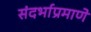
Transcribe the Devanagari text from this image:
संदर्भाप्रमाणे